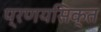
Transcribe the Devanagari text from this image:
प्रणयसिक्त